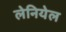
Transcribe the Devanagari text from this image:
लेनियेल